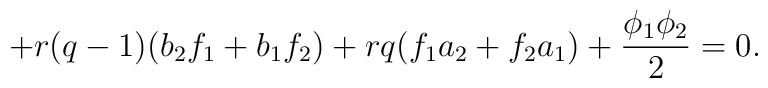
+r(q-1)(b_{2}f_{1}+b_{1}f_{2})+rq(f_{1}a_{2} +f_{2}a_{1})+\frac{\phi_{1}\phi_{2}}{2}=0.